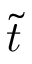
\tilde { t }